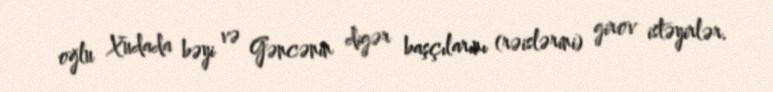
oğlu Xudada bəyi və Gəncənin digər başçılarını (rəislərini) girov istəyirlər.